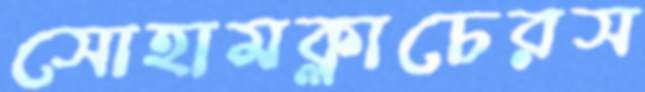
সোহামক্লাচেরস